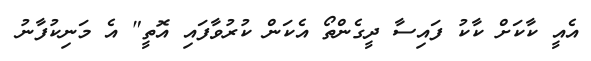
އެއީ ކާކަށް ކާކު ފައިސާ ދީގެންތޯ އެކަން ކުރުވާފައި އޮތީ" އެ މަނިކުފާނު